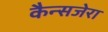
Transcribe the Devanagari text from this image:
कैन्सजेरा